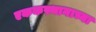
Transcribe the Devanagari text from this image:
एककस्थानाच्या